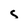
Character: s